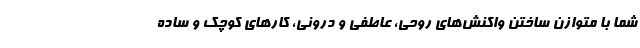
شما با متوازن ساختن واکنش‌های روحی، عاطفی و درونی، کارهای کوچک و ساده